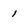
Character: 1